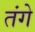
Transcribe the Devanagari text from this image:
तंगे